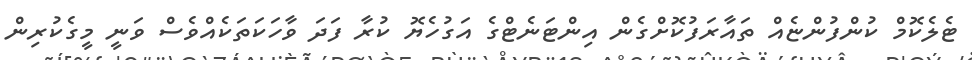
ޓެލެކޮމް ކުންފުންޏެއް ތައާރަފުކޮށްގެން އިންޓަނެޓްގެ އަގުހެޔޮ ކުރާ ފަދަ ވާހަކަތަކެއްވެސް ވަނީ މީގެކުރިން